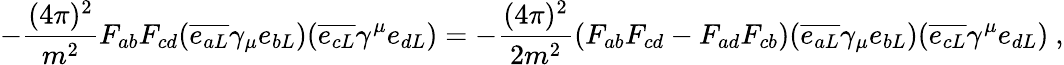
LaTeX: -\frac{(4\pi)^{2}}{m^{2}}F_{ab}F_{cd}(\overline{{{e_{aL}}}}\gamma_{\mu}e_{bL})(\overline{{{e_{cL}}}}\gamma^{\mu}e_{dL})=-\frac{(4\pi)^{2}}{2m^{2}}(F_{ab}F_{cd}-F_{ad}F_{cb})(\overline{{{e_{aL}}}}\gamma_{\mu}e_{bL})(\overline{{{e_{cL}}}}\gamma^{\mu}e_{dL})\ ,